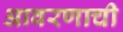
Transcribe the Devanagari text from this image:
आवरणाची